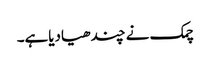
چمک نے چندھیادیاہے۔